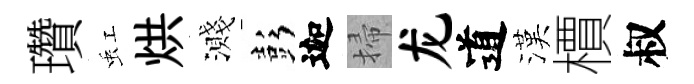
瓚虹烘濺彭迦掃龙道漢檟叔